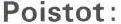
Poistot: